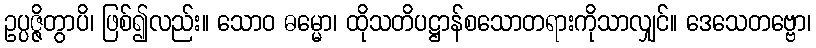
ဥပ္ပဇ္ဇိတွာပိ၊ ဖြစ်၍လည်း။ သောဝ ဓမ္မော၊ ထိုသတိပဋ္ဌာန်စသောတရားကိုသာလျှင်။ ဒေသေတဗ္ဗော၊